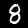
Label: 8